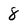
Character: 8